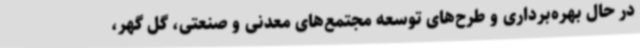
در حال بهره‌برداری و طرح‌های توسعه مجتمع‌های معدنی و صنعتی، گل گهر،